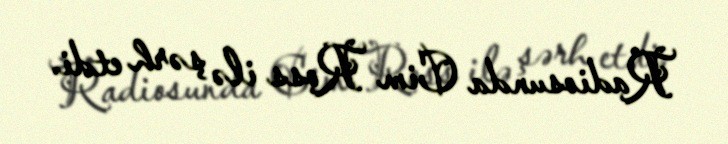
Radiosunda Cim Ross ilə şərh etdi.